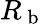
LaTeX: R_{\mathrm{~b~}}